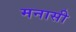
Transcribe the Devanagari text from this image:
मनासी